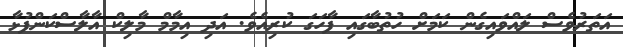
އަތަރުވެސް ލައްވައިގެން ކަމަށް ހުތުބާގައި ފާހަގަ ކުރިއެވެ. އަދި އިމާމް މާލިކް އާލާސްކަންފުޅާ